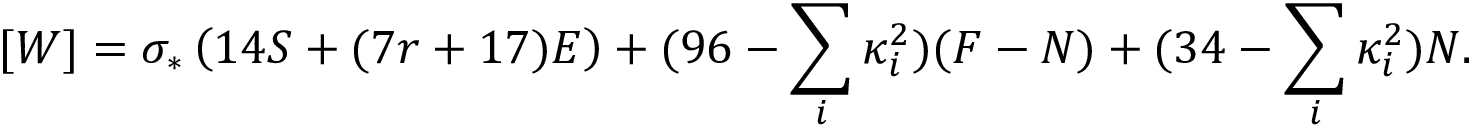
[ W ] = \sigma _ { * } \left( 1 4 S + ( 7 r + 1 7 ) E \right) + ( 9 6 - \sum _ { i } \kappa _ { i } ^ { 2 } ) ( F - N ) + ( 3 4 - \sum _ { i } \kappa _ { i } ^ { 2 } ) N .